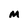
Character: M